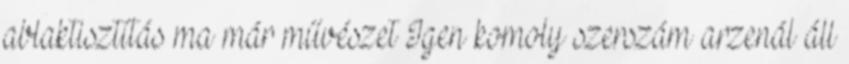
ablaktisztítás ma már művészet Igen komoly szerszám arzenál áll